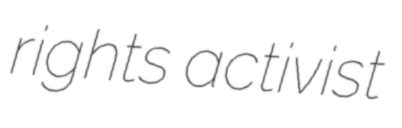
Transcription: rights activist